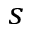
s